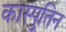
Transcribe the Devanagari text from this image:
कास्पुतिन